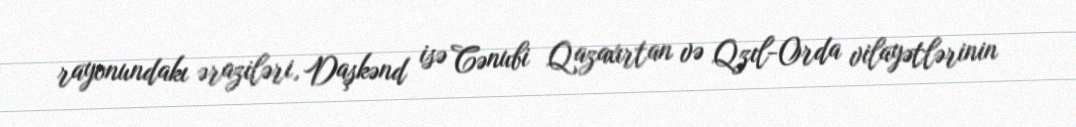
rayonundakı əraziləri, Daşkənd isə Cənubi Qazaxırtan və Qzıl-Orda vilayətlərinin